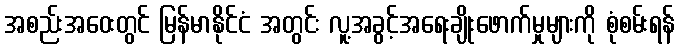
အစည်းအဝေးတွင် မြန်မာနိုင်ငံ အတွင်း လူ့အခွင့်အရေးချိုးဖောက်မှုများကို စုံစမ်းရန်